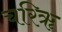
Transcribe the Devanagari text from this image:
चरिॠ